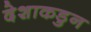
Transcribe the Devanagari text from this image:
देशाकडुन